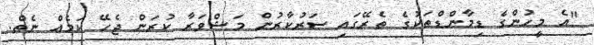
"އެ މީހުންގެ ޑިމާންޑްތަކުގެ ތެރޭގައި ސަރުކާރުން މަޝްވަރާ ކުރަން ޖެހޭ ކަމެއް ނެތް.